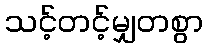
သင့်တင့်မျှတစွာ